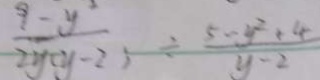
\frac { 9 - y ^ { 2 } } { 2 y ( y - 2 ) } \div \frac { 5 - y ^ { 2 } + 4 } { y - 2 }